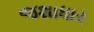
જશાધાર